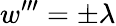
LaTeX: w^{\prime\prime\prime}=\pm\lambda